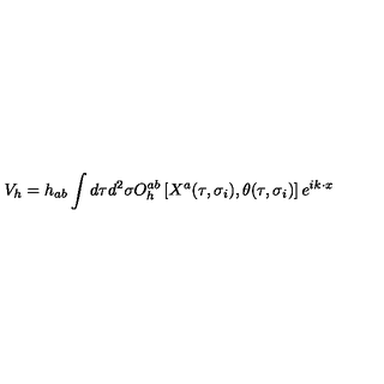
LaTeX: V _ { h } = h _ { a b } \int d \tau d ^ { 2 } \sigma O _ { h } ^ { a b } \left[ X ^ { a } ( \tau , \sigma _ { i } ) , \theta ( \tau , \sigma _ { i } ) \right] e ^ { i k \cdot x }